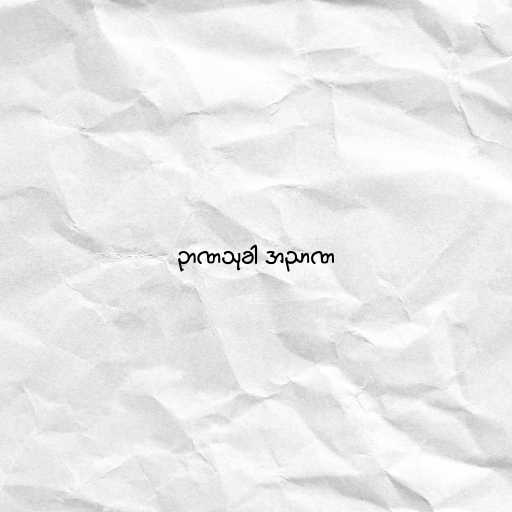
ဉာဏသုခါ အညာဏ